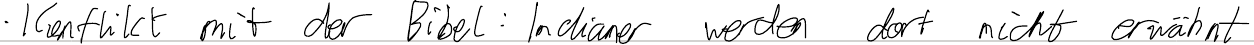
- Konflikt mit der Bibel: Indianer werden dort nicht erwähnt